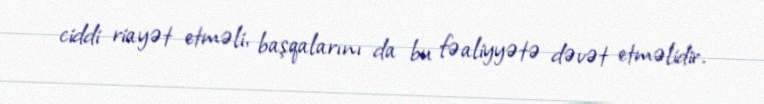
ciddi riayət etməli, başqalarını da bu fəaliyyətə dəvət etməlidir.